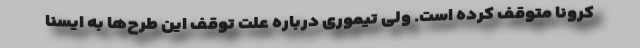
کرونا متوقف کرده است. ولی تیموری درباره علت توقف این طرح‌ها به ایسنا